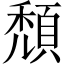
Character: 頹